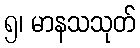
၅၊ မာနသသုတ်